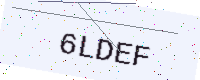
Text: 6LDEF